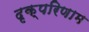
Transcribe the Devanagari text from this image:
दृक्परिणाम